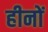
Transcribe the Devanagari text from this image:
हीनों